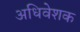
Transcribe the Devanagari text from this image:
अधिवेशक